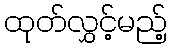
ထုတ်လွှင့်မည့်